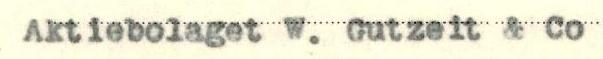
Aktiebolaget W. Gutzeit & Co